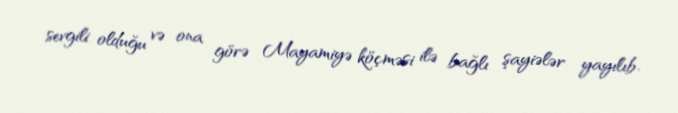
sevgili olduğu və ona görə Mayamiyə köçməsi ilə bağlı şayiələr yayılıb.